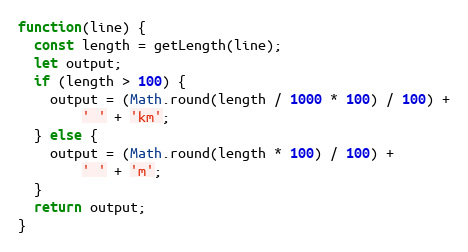
Language: JavaScript
function(line) {
  const length = getLength(line);
  let output;
  if (length > 100) {
    output = (Math.round(length / 1000 * 100) / 100) +
        ' ' + 'km';
  } else {
    output = (Math.round(length * 100) / 100) +
        ' ' + 'm';
  }
  return output;
}